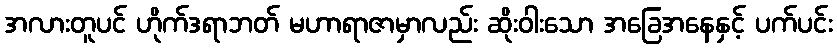
အလားတူပင် ဟိုက်ဒရာဘတ် မဟာရာဇာမှာလည်း ဆိုးဝါးသော အခြေအနေနှင့် ပက်ပင်း